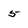
Character: 5